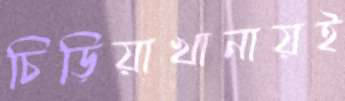
চিড়িয়াখানায়ই